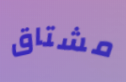
مشتاق